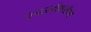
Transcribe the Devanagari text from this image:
उभारणीसाठीच्या